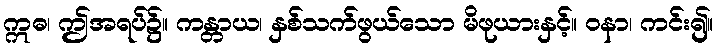
ဣဓ၊ ဤအရပ်၌။ ကန္တာယ၊ နှစ်သက်ဖွယ်သော မိဖုယားနှင့်။ ဝနာ၊ ကင်း၍။